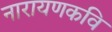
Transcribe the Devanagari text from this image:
नारायणकवि